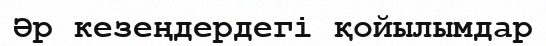
Әр кезеңдердегі қойылымдар